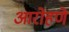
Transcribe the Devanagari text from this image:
आरोहणे